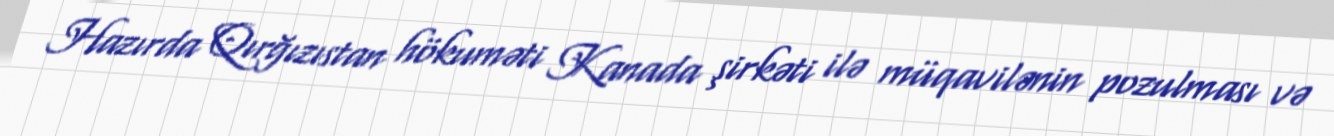
Hazırda Qırğızıstan hökuməti Kanada şirkəti ilə müqavilənin pozulması və